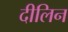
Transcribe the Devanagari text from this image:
दीलिन